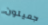
جميلون